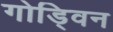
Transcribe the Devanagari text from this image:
गोड्विन